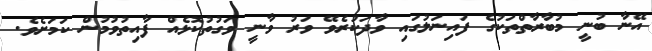
އޭނާ ބުނީ މުބާރާތްތަކުގެ ފައިނަލުގައި ވާދަކުރެވޭ ވަރު ވާނީ ވަގުތުކޮޅެއް ފާއިތުވުމުން ކަމަށެވެ.